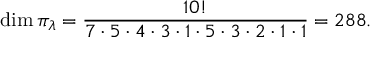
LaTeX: \dim \pi _ { \lambda } = { \frac { 1 0 ! } { 7 \cdot 5 \cdot 4 \cdot 3 \cdot 1 \cdot 5 \cdot 3 \cdot 2 \cdot 1 \cdot 1 } } = 2 8 8 .